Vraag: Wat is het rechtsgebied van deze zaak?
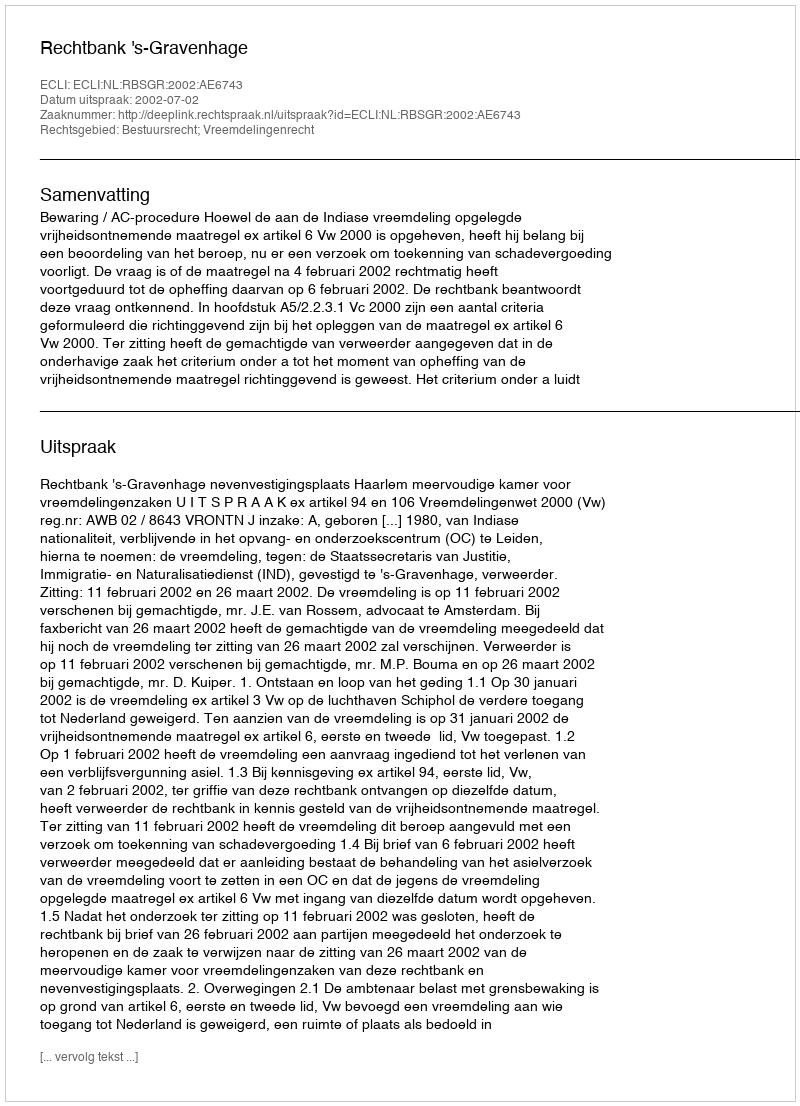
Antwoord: Bestuursrecht; Vreemdelingenrecht